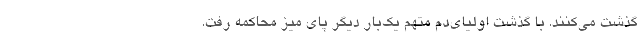
گذشت می‌کنند. با گذشت اولیای‌دم متهم یک‌بار دیگر پای میز محاکمه رفت.